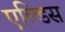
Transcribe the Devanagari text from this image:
एल्डिस